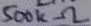
Text: 500kΩ